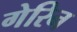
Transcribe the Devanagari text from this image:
गेरिन